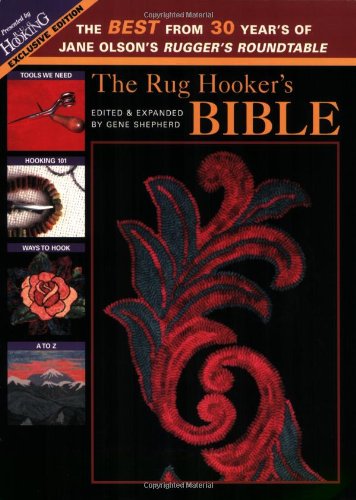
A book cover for Rug Hooker's Bible, The: The Best From 30 Years of Jane Olson's Rugger's Roundtable; Jane Olson; Crafts, Hobbies & Home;